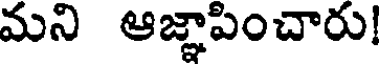
మని ఆజ్ఞాపించారు!